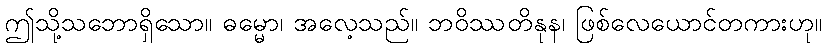
ဤသို့သဘောရှိသော။ ဓမ္မော၊ အလေ့သည်။ ဘဝိဿတိနုန၊ ဖြစ်လေယောင်တကားဟု။